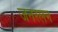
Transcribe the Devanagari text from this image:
जनरलन